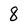
Character: 8